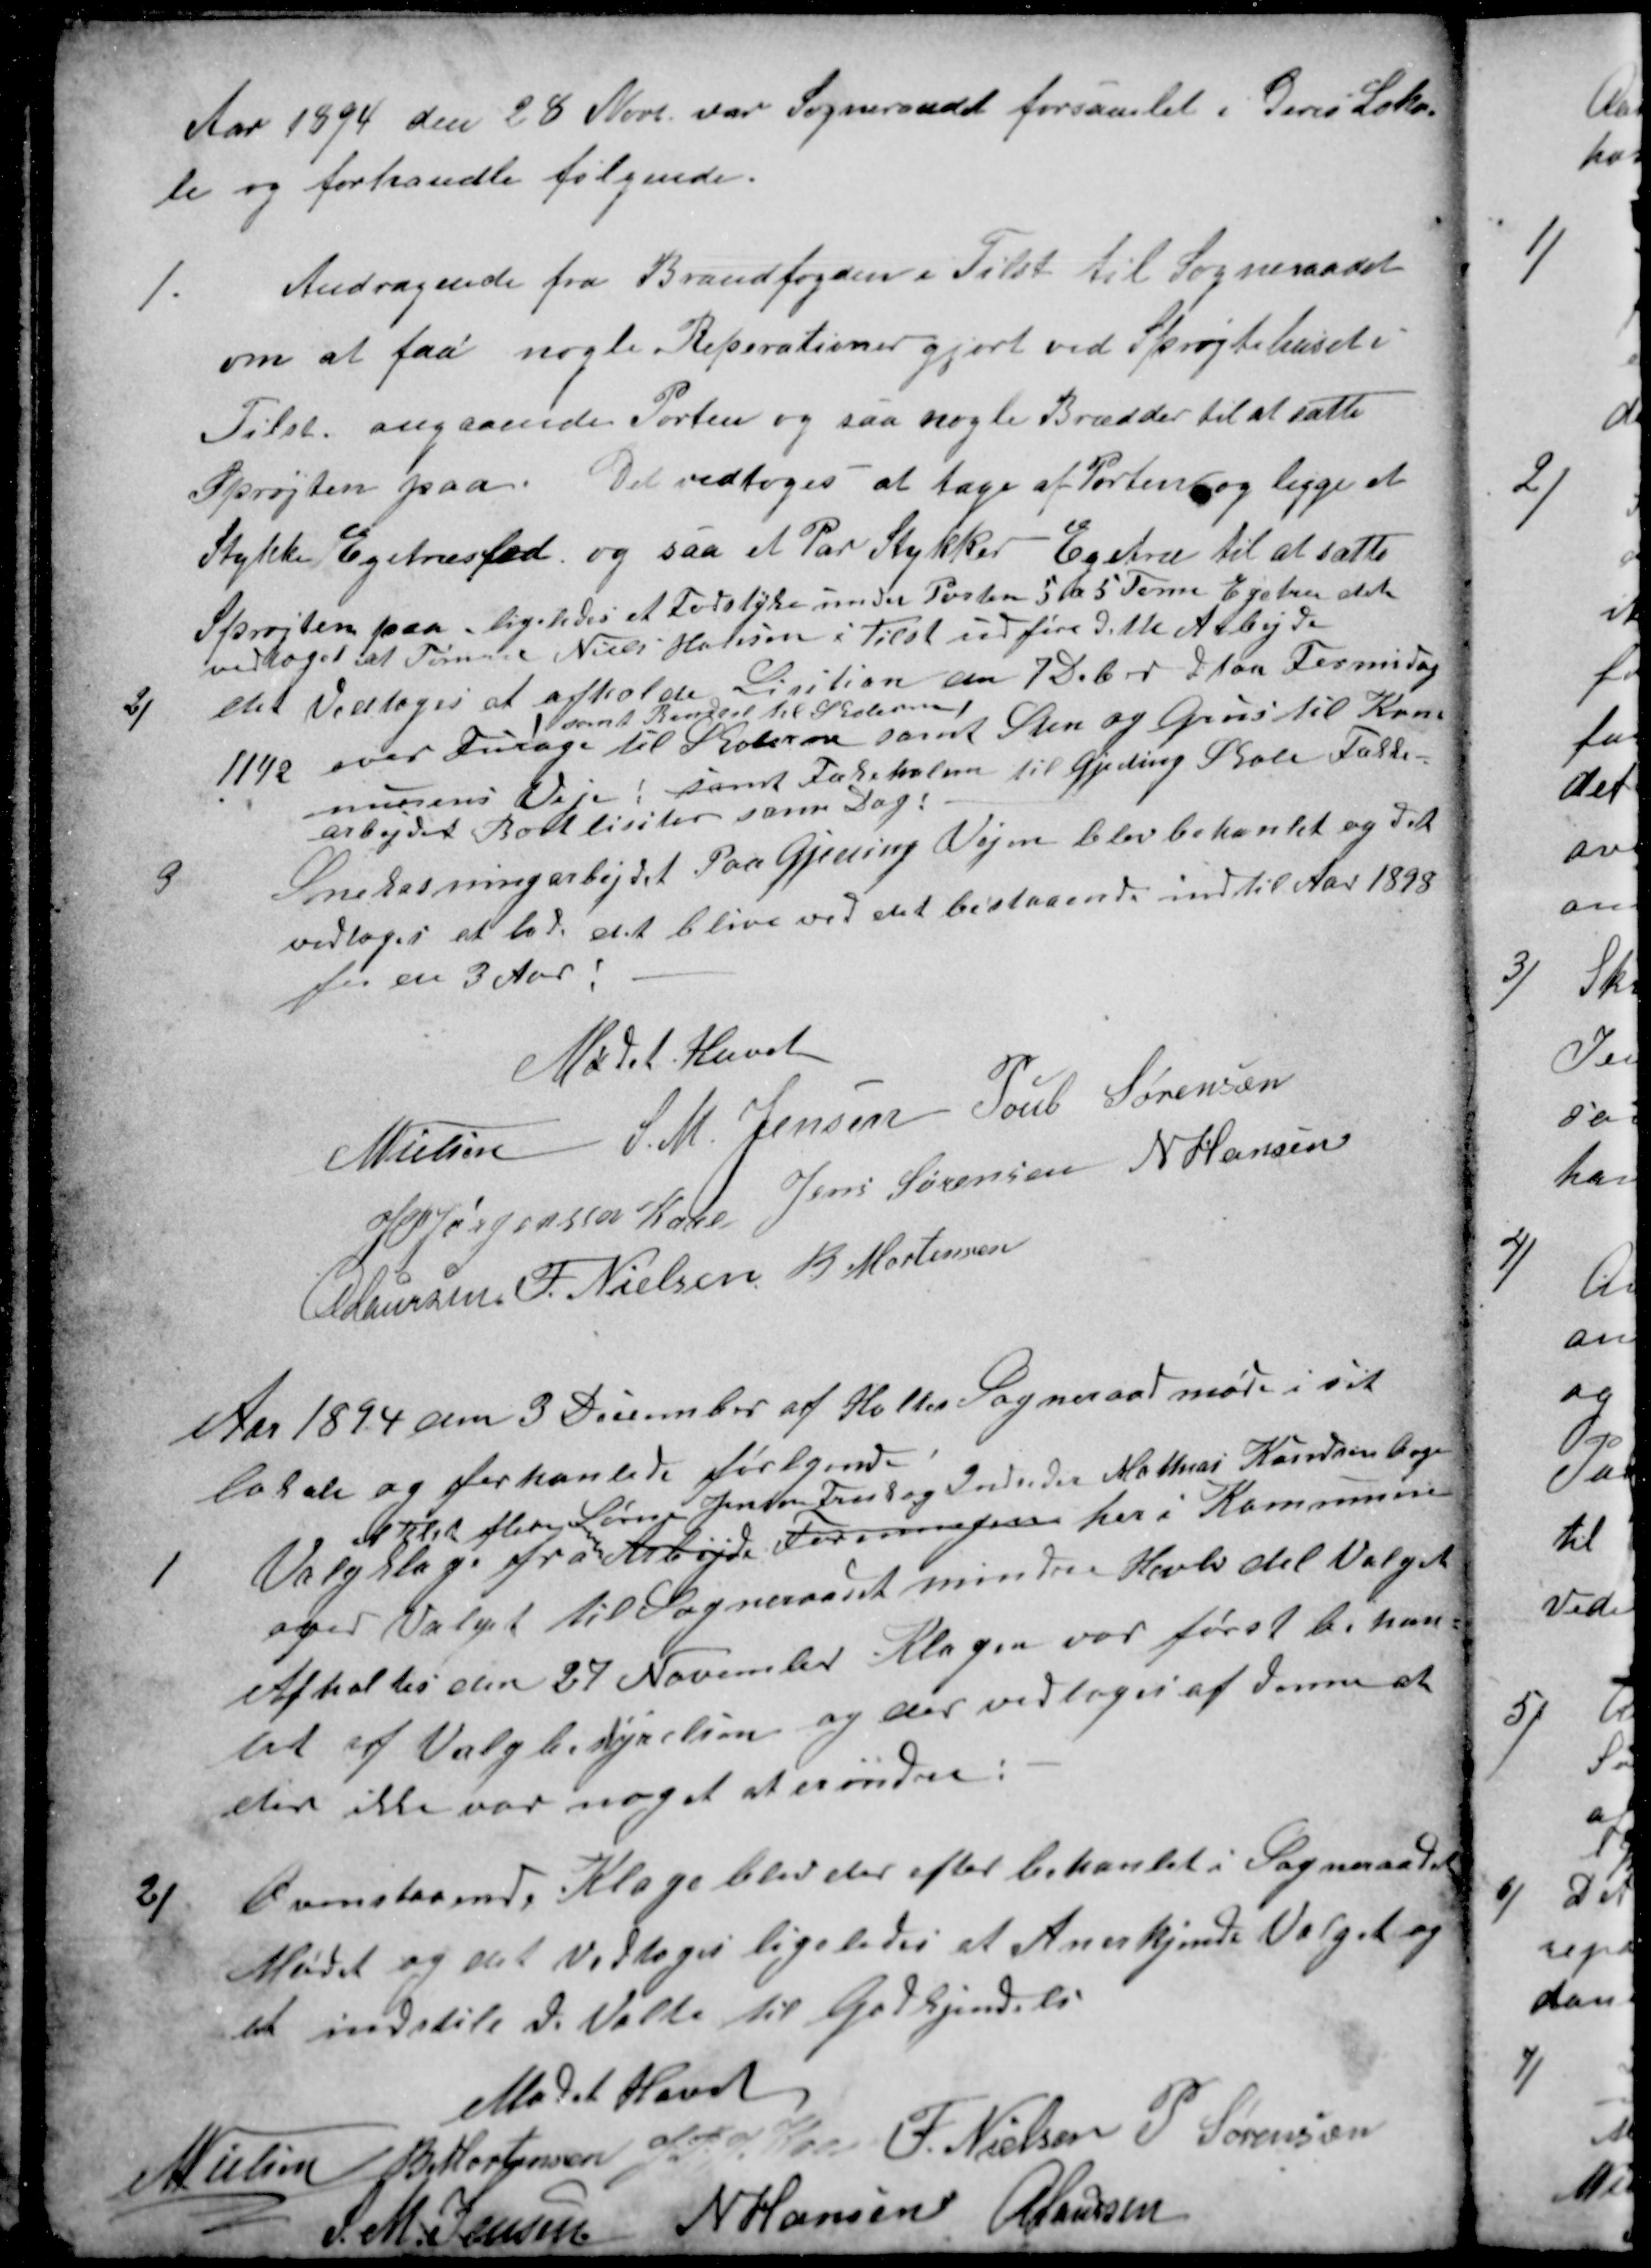
Transskription:
Aar 1894 den 28 Novb var Sogneraadet forsamlet i Deres Loka-
le og forhandle følgende.
1.
Andragende fra Brandfogden i Tilst til Sogneraadet
om at faa nogle Reperationer gjort ved Sprøjtehuset i
Tilst. angaaende Porten og saa nogle Brædder til at sætte
Sprøjten paa. Det vedtoges at tage af Porten og ligge et
Stykke Egetræsfod, og saa et Par Stykker Egetræ til at sætte
Sprøjten paa ligeledes et Fodstyke under Posten 5 a 5 Tomm Egetræ det
vedtoges at Tømrer Niels Hansen i Tilst udføre dette Arbejde
2)
det Vedtoges at afholde Lisition den 7 Debr. d  Aar Formidag
11½ over Furage kolerne
samt Brendsel til Skolerne
samt Sten og Grus til Kom
musens Veje, samt Tækehalm til Gjeding Skole Tække-
arbejdet Bortlisiter same Dag.
3
Snekasningarbejdet Paa Gjeding Vejen blev behanlet og det
vedtoges at lade det blive ved det bestaaende indtil Aar 1898
for en 3 Aar
Mødet Hævet
N Nielsen S. M. Jensen Poul Sørensen
J P Jørgensen Kaae Jens Sørensen N Hansen
A Laursen F. Nielsen B. Mortensen
Aar 1894 den 3 December af Holtes Sogneraad møde i sit
lokale og forhanlede følgende
1
Valgklage fra 
Enklet flere Søren Jensen Frank og Insider Mathias Knudsen Aage
Arbejds Foreningen her i Kommunen
over Valget til Sogneraadet mindre Halvdel Valget
Afholtes den 27 November Klagen var først behan=
let af Valgbestyrelsen og der vedtoges af denne at
der ikke var noget at erindre
2)
Ovenstaaende Klage blev der efter behanlet i Sogneraads
Mødet og det vedtoges ligeledes at Anerkjende Valget og
at indstile de Valte til Godkjendelse
Mødet Hævet
N Nielsen
B Mortensen
J P J Kaae
F. Nielsen
P. Sørensen
S. M. Jensen
N Hansen
A Laursen